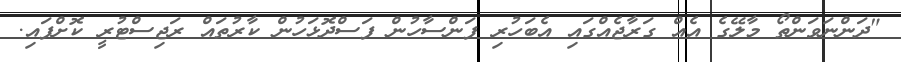
"ދަންނަވަންތޯ މާލޭގެ އެއް ގަރާޖެއްގައި އެބަހުރި ފަންސާހުން ފަސްދޮޅަހުން ކާރުތައް ރަޖިސްޓުރީ ކޮށްފައި.